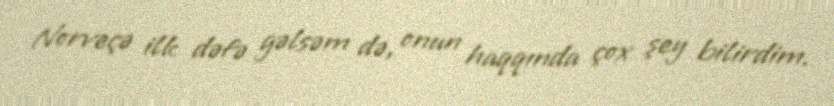
Norveçə ilk dəfə gəlsəm də, onun haqqında çox şey bilirdim.